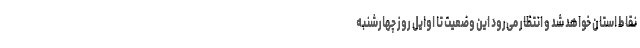
نقاط استان خواهد شد و انتظار می‌رود این وضعیت تا اوایل روز چهارشنبه